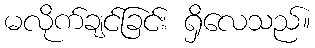
မလိုက်ချင်ခြင်း ရှိလေသည်။